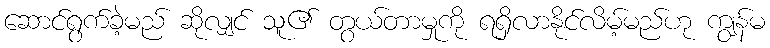
ဆောင်ရွက်ခဲ့မည် ဆိုလျှင် သူ၏ တွယ်တာမှုကို ရရှိလာနိုင်လိမ့်မည်ဟု ကျွန်မ